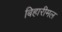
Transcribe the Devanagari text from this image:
बिहारीमल